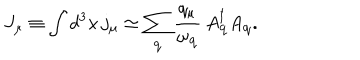
J _ { \mu } \equiv \int d ^ { 3 } x \, j _ { \mu } \simeq \sum _ { { \bf q } } \frac { q _ { \mu } } { \omega _ { { \bf q } } } \, A _ { { \bf q } } ^ { \dagger } A _ { { \bf q } } .